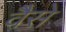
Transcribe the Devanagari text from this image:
वैेसे